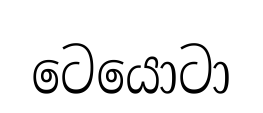
ටෙයොටා